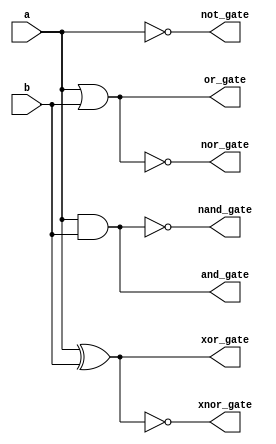
// Code your design here
module all_logic_gates_df(input a,b,
                       output not_gate,
                       output and_gate,
                       output or_gate,
                       output nand_gate,
                       output nor_gate,
                       output xor_gate,
                       output xnor_gate);
  
  assign not_gate = ~ a;
  assign and_gate = a & b;
  assign or_gate = a|b;
  assign nand_gate = ~(a&b);
  assign nor_gate = ~(a|b);
  assign xor_gate = a^b;
  assign xnor_gate = ~(a^b);
  
endmodule